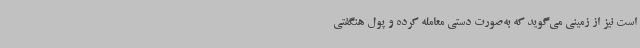
است نیز از زمینی می‌گوید که به‌صورت دستی معامله کرده و پول هنگفتی